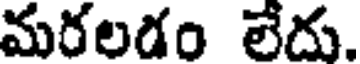
మరలడం లేదు.